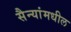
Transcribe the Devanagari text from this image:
सैन्यांमधील